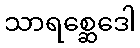
သာရစ္ဆေဒေါ